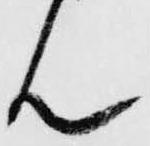
ん